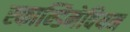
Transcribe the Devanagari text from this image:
स्कान्डिनेवियन